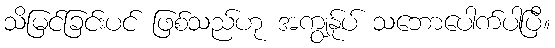
သိမြင်ခြင်းပင် ဖြစ်သည်ဟု အကျွန်ုပ် သဘောပေါက်ပါပြီ။